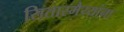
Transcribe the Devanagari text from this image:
सितारमैय्यांना